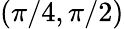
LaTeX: (\pi/4,\pi/2)